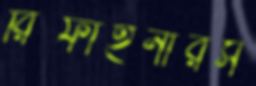
রিফাইনারস